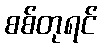
စစ်တုရင်